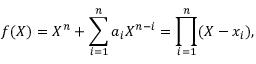
f ( X ) = X ^ { n } + \sum _ { i = 1 } ^ { n } a _ { i } X ^ { n - i } = \prod _ { i = 1 } ^ { n } ( X - x _ { i } ) ,